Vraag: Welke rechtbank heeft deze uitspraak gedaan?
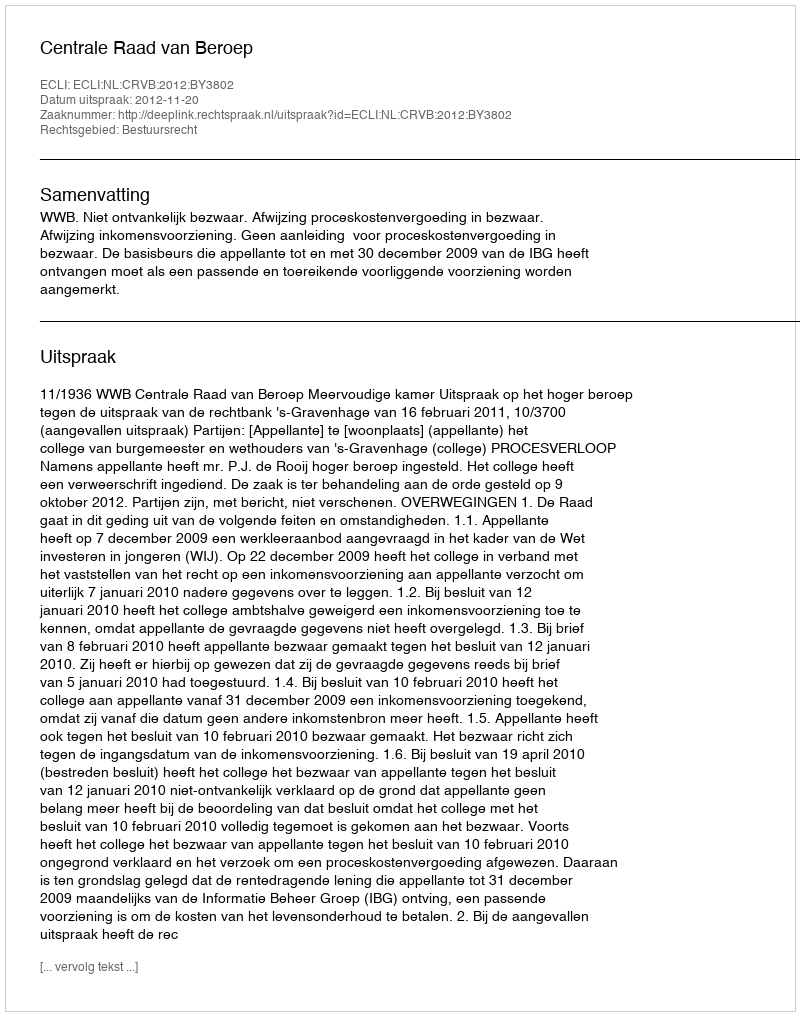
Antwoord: Centrale Raad van Beroep